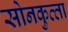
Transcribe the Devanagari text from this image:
सोनकुत्‍ता